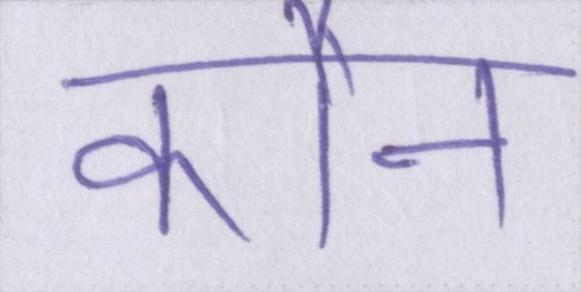
कौन